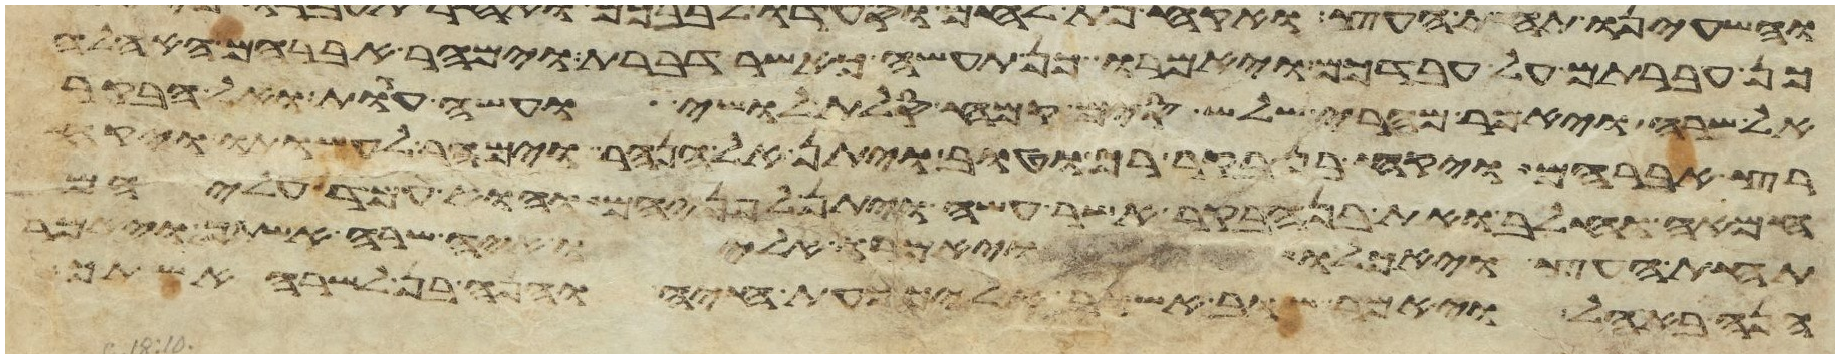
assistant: כן עברתם על עבדכם ויאמרו כן תעשה כאשר דברת וימהר אברהם האהלה
אל שרה ויאמר מהרי שלש סים קמח סלת לושי ועשה עגות ואל הבקר
רץ אברהם ויקח בן בקר רך וטוב ויתן אל הנער וימהר לעשותו ויקח
חמאה וחלב ואת בן הבקר אשר עשה ויתן לפניהם והוא עמד עליהם
תחת העץ ויאכלו ויאמרו אליו איה שרה אשתך ויאמר
הנה באהל ויאמר שוב אשוב אליך כעת חיה והנה בן לשרה אשתך